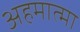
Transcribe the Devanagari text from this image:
अहमात्मा